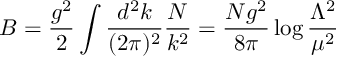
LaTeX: B = \frac { g ^ { 2 } } { 2 } \int \frac { d ^ { 2 } k } { ( 2 \pi ) ^ { 2 } } \frac { N } { k ^ { 2 } } = \frac { N g ^ { 2 } } { 8 \pi } \log { \frac { \Lambda ^ { 2 } } { \mu ^ { 2 } } }